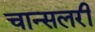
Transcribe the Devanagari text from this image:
चान्सलरी